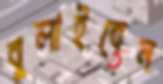
বুলাইবেন